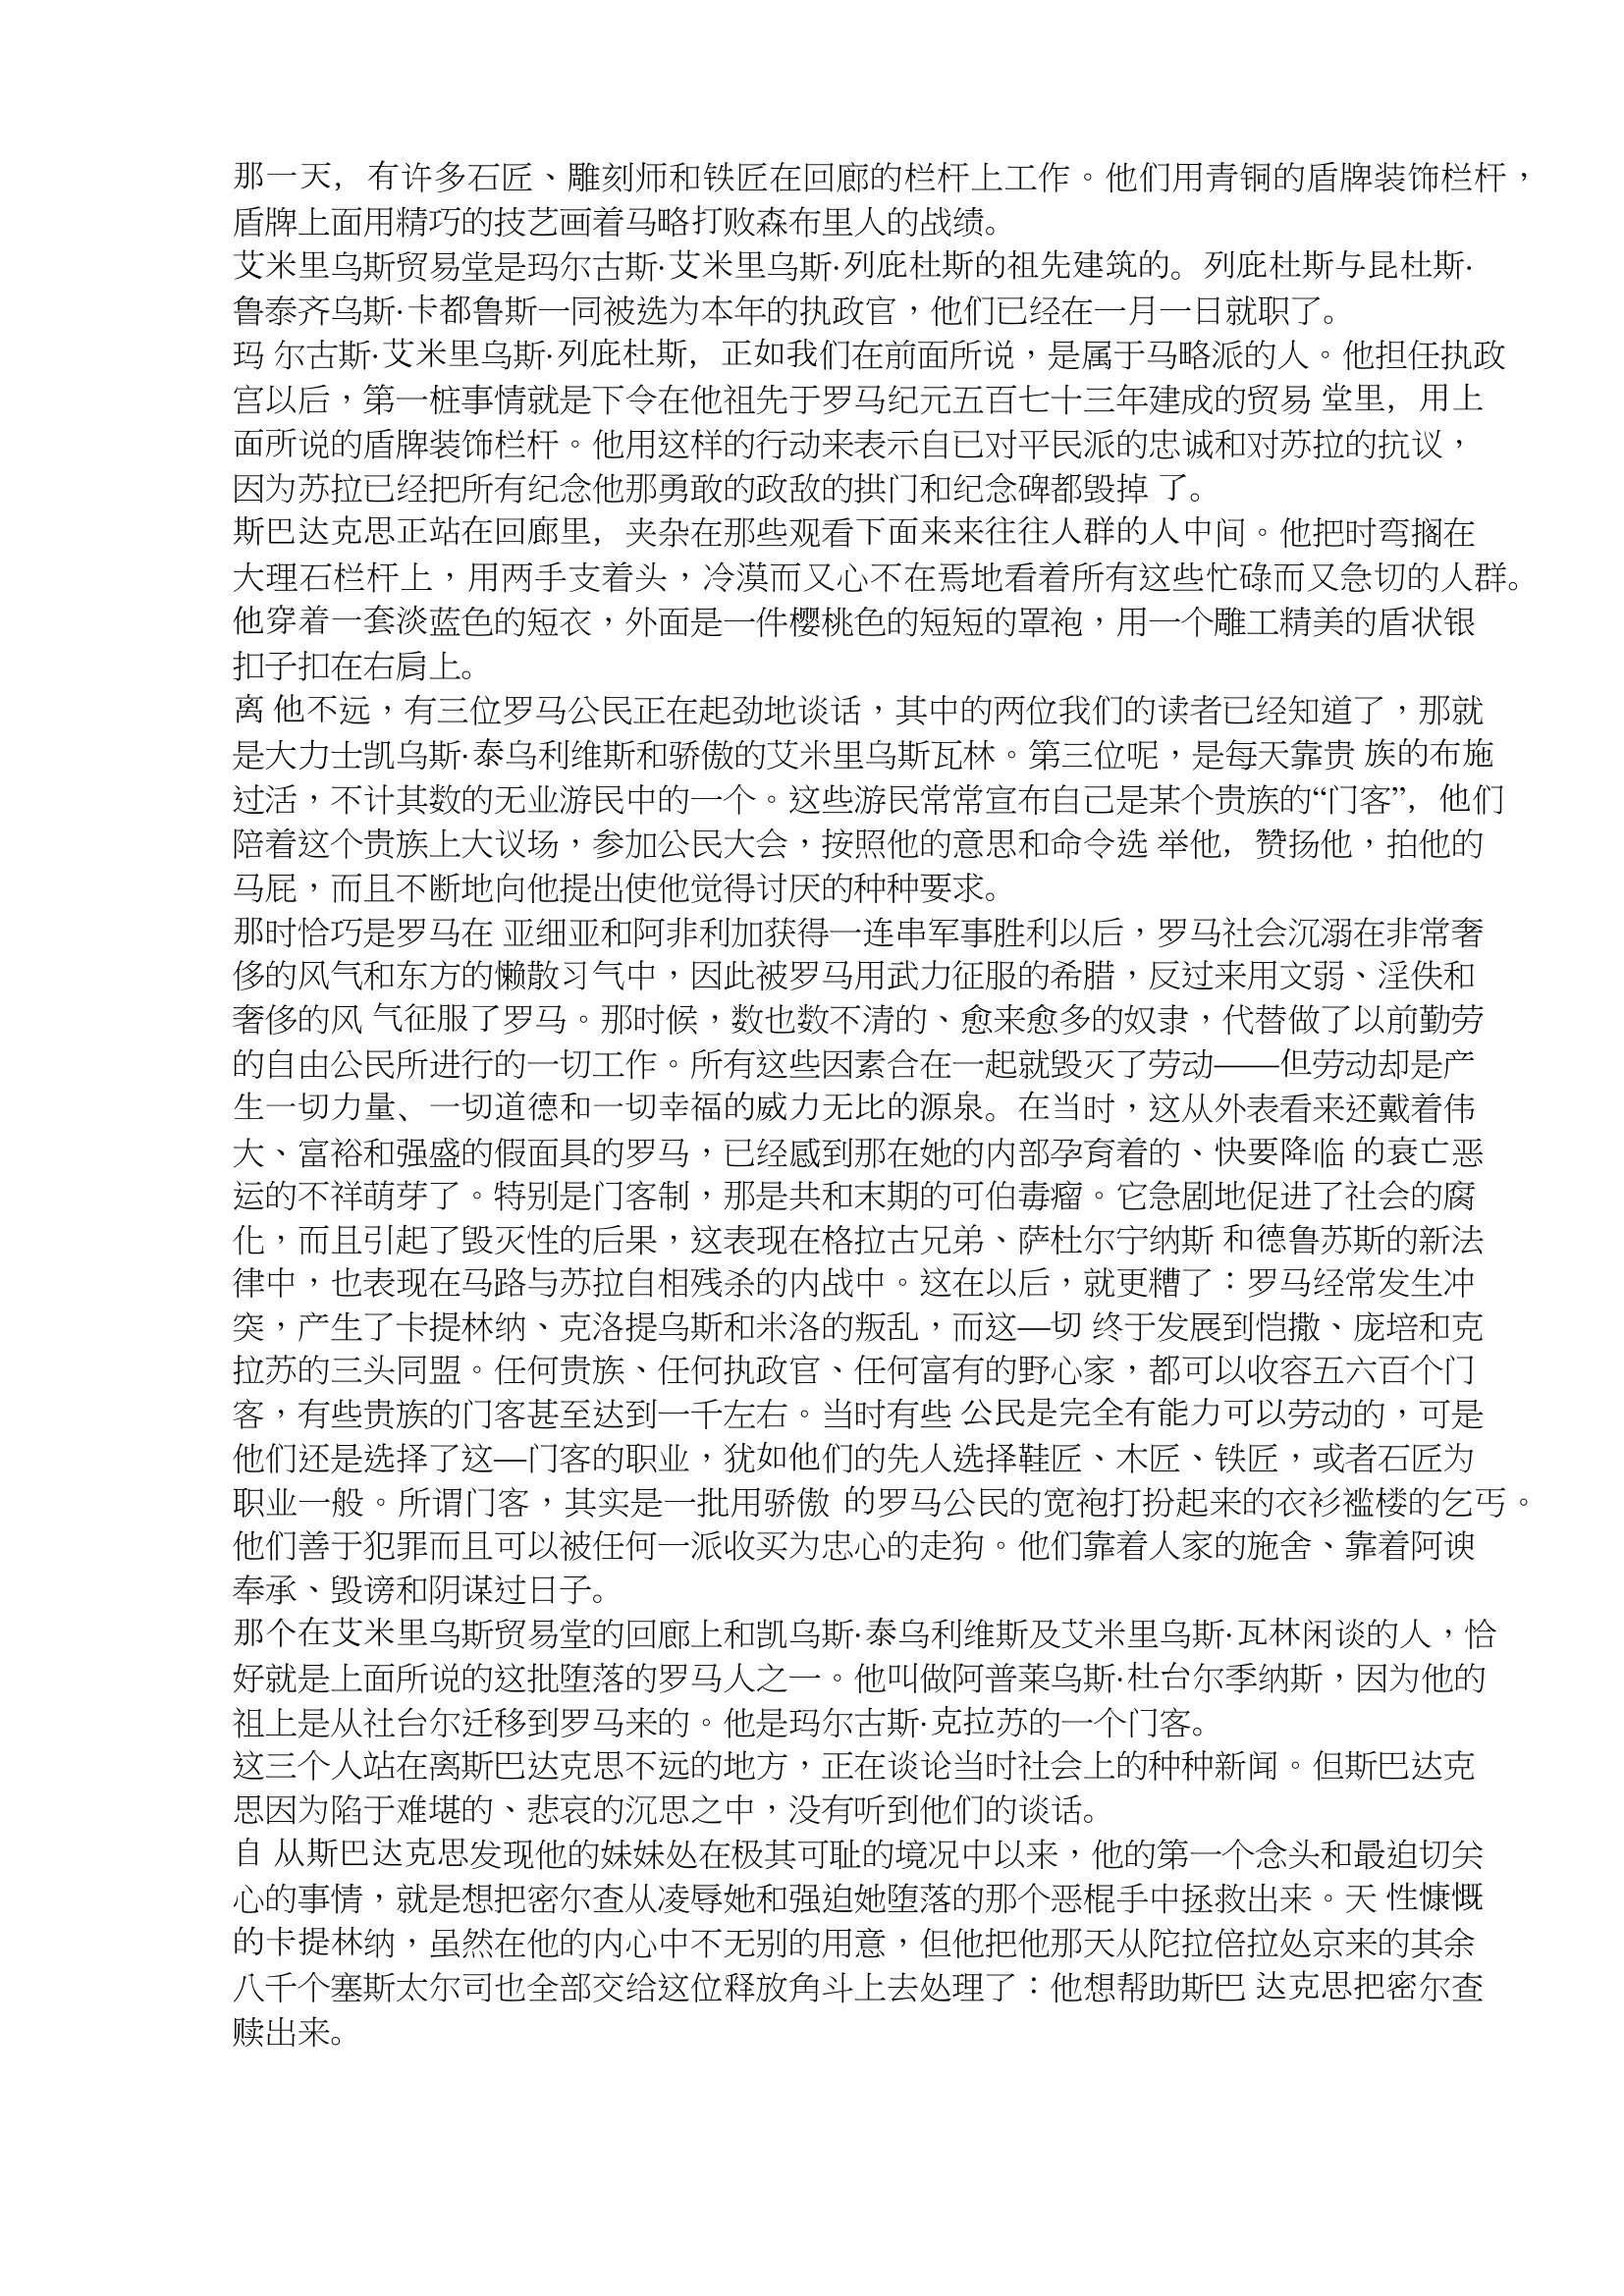
Language: zh